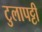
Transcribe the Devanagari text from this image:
टुलापट्टी